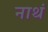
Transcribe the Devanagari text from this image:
नाथं